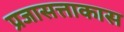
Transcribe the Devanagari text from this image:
प्रजासत्ताकास